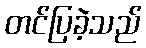
တင်ပြခဲ့သည်